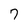
Character: 7